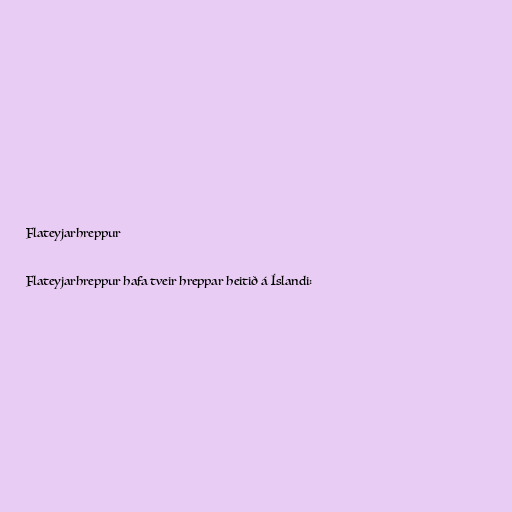
Flateyjarhreppur

Flateyjarhreppur hafa tveir hreppar heitið á Íslandi: